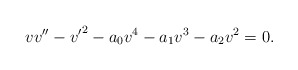
\begin{align*} v v '' - {v'}^2 - a_0 v^4 - a_1 v^3 - a_2 v^2 = 0.\end{align*}